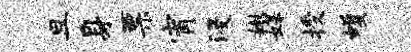
旦身票宵浸嫩媒授蠖